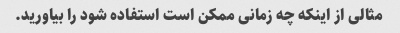
مثالی از اینکه چه زمانی ممکن است استفاده شود را بیاورید.